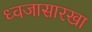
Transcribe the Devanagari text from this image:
ध्वजासारखा